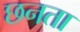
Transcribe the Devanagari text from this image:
छनता